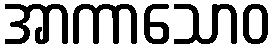
အာကာသောဝ